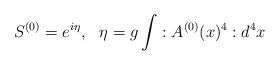
LaTeX: \begin{align*}S^{(0)}=e^{i\eta },\,\,\,\,\eta =g\int :A^{(0)}(x)^{4}:d^{4}x\end{align*}